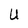
Character: U